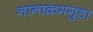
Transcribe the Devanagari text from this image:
नानाक्रमगुड़ा